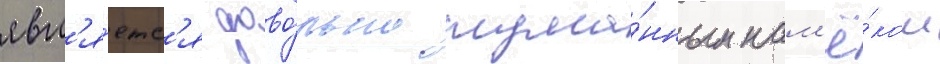
явл'я́етс'я дово́льно тума́нным нам'ё́ком